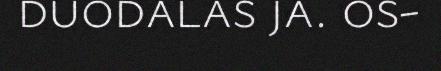
duodalas ja. os-